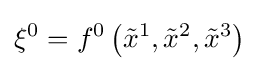
\xi ^{0}=f^{0}\left({\tilde {x}}^{1},{\tilde {x}}^{2},{\tilde {x}}^{3}\right)